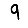
Digit: 9